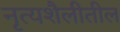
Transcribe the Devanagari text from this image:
नृत्यशैलीतील